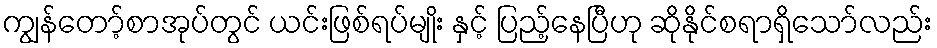
ကျွန်တော့်စာအုပ်တွင် ယင်းဖြစ်ရပ်မျိုး နှင့် ပြည့်နေပြီဟု ဆိုနိုင်စရာရှိသော်လည်း